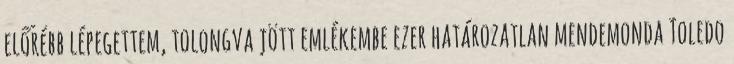
előrébb lépegettem, tolongva jött emlékembe ezer határozatlan mendemonda Toledo